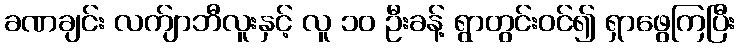
ခဏချင်း လက်ျာဘီလူးနှင့် လူ ၁၀ ဦးခန့် ရွာတွင်းဝင်၍ ရှာဖွေကြပြီး